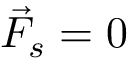
\vec { F } _ { s } = 0